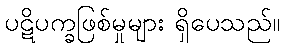
ပဋိပက္ခဖြစ်မှုများ ရှိပေသည်။